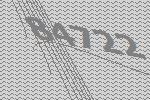
84722